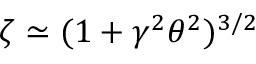
\zeta \simeq ( 1 + \gamma ^ { 2 } \theta ^ { 2 } ) ^ { 3 / 2 }